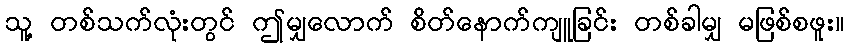
သူ့ တစ်သက်လုံးတွင် ဤမျှလောက် စိတ်နောက်ကျူခြင်း တစ်ခါမျှ မဖြစ်စဖူး။